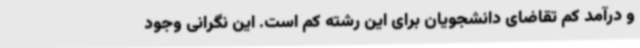
و درآمد کم تقاضای دانشجویان برای این رشته کم است. این نگرانی وجود